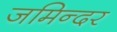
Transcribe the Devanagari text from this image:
जमिन्दर